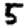
Digit: 5